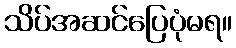
သိပ်အဆင်ပြေပုံမရ။